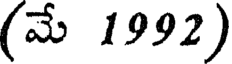
(మే 1992)